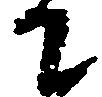
て